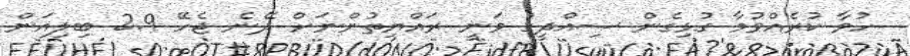
ހުވާ ކުރެއްވުމާ ގުޅިގެން ސިއްދީގު ވަނީ ރައްޔިތުންނަށް ދޭނެ ޖެހޭ 2.9 ބިލިއަން